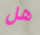
هل